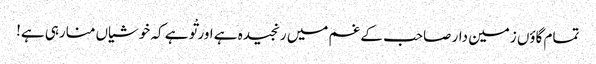
تمام گاؤں زمین دار صاحب کے غم میں رنجیدہ ہے اور تْو ہے کہ خوشیاں منارہی ہے!